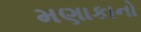
મણાકાનો